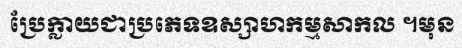
ប្រែក្លាយជាប្រភេទឧស្សាហកម្មសាកល ។មុន